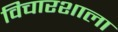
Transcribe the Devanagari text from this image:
विचारशाला